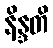
နိန္ဒတိ